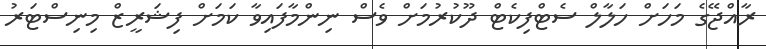
ރާއްޖޭގެ މަހަށް ހަލާލް ސެޓްފިކެޓް ދޫކުރުމަށް ވެސް ނިންމާފައިވާ ކަމަށް ފިޝަރީޒް މިނިސްޓަރު